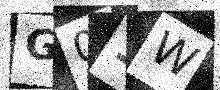
Text: G01W